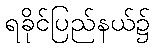
ရခိုင်ပြည်နယ်၌